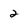
Character: 2